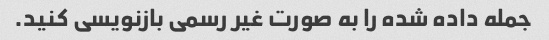
جمله داده شده را به صورت غیر رسمی بازنویسی کنید.